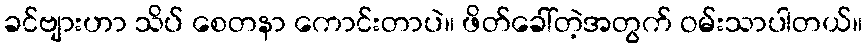
ခင်ဗျားဟာ သိပ် စေတနာ ကောင်းတာပဲ။ ဖိတ်ခေါ်တဲ့အတွက် ဝမ်းသာပါတယ်။